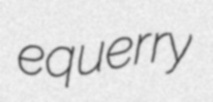
equerry